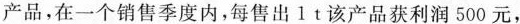
产品，在一个销售季度内，每售出1t该产品获利润500元，